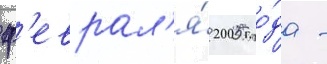
ф'еврал'я́ 2005 го́да -